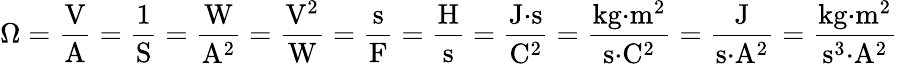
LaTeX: \Omega={\frac{\mathrm{V}}{\mathrm{A}}}={\frac{1}{\mathrm{S}}}={\frac{\mathrm{W}}{{\mathrm{A}}^{2}}}={\frac{{\mathrm{V}}^{2}}{\mathrm{W}}}={\frac{\mathrm{s}}{\mathrm{F}}}={\frac{\mathrm{H}}{\mathrm{s}}}={\frac{{\mathrm{J}}{\cdot}{\mathrm{s}}}{{\mathrm{C}}^{2}}}={\frac{{\mathrm{kg}}{\cdot}{\mathrm{m}}^{2}}{{\mathrm{s}}{\cdot}{\mathrm{C}}^{2}}}={\frac{\mathrm{J}}{{\mathrm{s}}{\cdot}{\mathrm{A}}^{2}}}={\frac{{\mathrm{kg}}{\cdot}{\mathrm{m}}^{2}}{{\mathrm{s}}^{3}{\cdot}{\mathrm{A}}^{2}}}